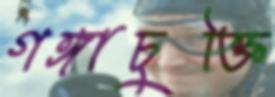
গঙ্গাচুক্তি